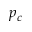
p _ { c }